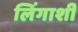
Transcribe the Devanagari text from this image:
लिंगाशी